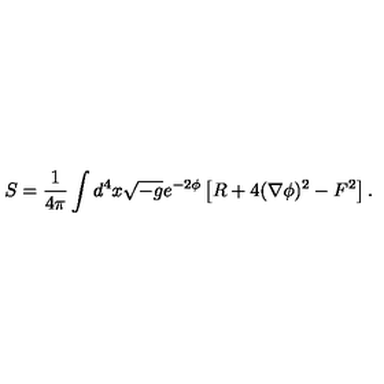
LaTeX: S = \frac { 1 } { 4 \pi } \int d ^ { 4 } x \sqrt { - g } e ^ { - 2 \phi } \left[ R + 4 ( \nabla \phi ) ^ { 2 } - F ^ { 2 } \right] .